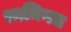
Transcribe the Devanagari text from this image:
ध्वनिगत